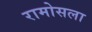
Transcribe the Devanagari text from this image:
रामोसला